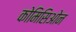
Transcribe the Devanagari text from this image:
कोमिसिओन